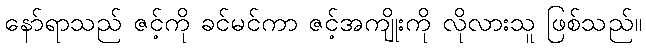
နော်ရာသည် ဇင့်ကို ခင်မင်ကာ ဇင့်အကျိုးကို လိုလားသူ ဖြစ်သည်။